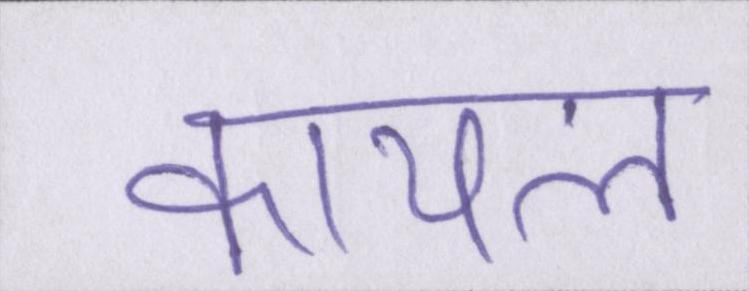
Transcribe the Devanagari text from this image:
कायल